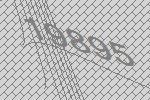
19895